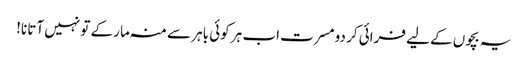
یہ بچوں کے لیے فرائی کر دو مسرت اب ہر کوئی باہر سے منہ مار کے تو نہیں آتا نا!